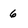
Character: 6